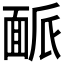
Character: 𩈛